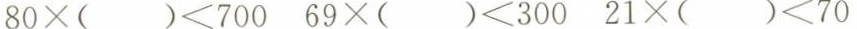
$$8 0 \times ( ) < 7 0 0$$ $$6 9 \times ( ) < 3 0 0$$ $$2 1 × ( ) < 7 0$$